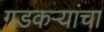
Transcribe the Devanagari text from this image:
गडकऱ्यांचा